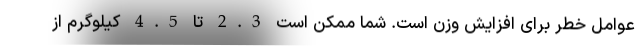
عوامل خطر برای افزایش وزن است. شما ممکن است 2.3 تا 4.5 کیلوگرم از